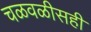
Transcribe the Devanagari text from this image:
चळवळीसही